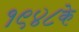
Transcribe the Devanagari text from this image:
१९४८के